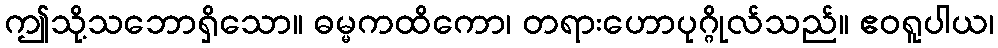
ဤသို့သဘောရှိသော။ ဓမ္မကထိကော၊ တရားဟောပုဂ္ဂိုလ်သည်။ ဧဝရူပါယ၊